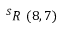
^ { S } R \ ( 8 , 7 )